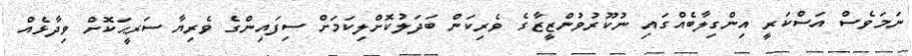
ނަމަވެސް އަސްކަރީ އިންގިލާބެއްގައި ނުކޫރުވުންޒީޒާގެ ވެރިކަން ބަދަލުކޮށްލިކަމަށް ސިފައިންގެ ވެރިޔާ ސަރީޙަކޮށް ވިދާޅެއް